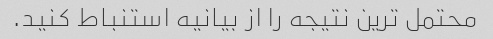
محتمل ترین نتیجه را از بیانیه استنباط کنید.